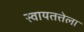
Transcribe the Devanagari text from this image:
स्वायतत्तेला